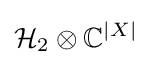
{\mathcal {H}}_{2}\otimes \mathbb {C} ^{|X|}